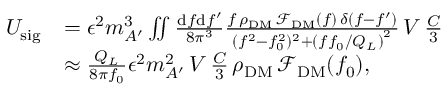
\begin{array} { r l } { U _ { \mathrm { s i g } } } & { = \epsilon ^ { 2 } m _ { A ^ { \prime } } ^ { 3 } \iint \frac { \mathrm { d } f \mathrm { d } f ^ { \prime } } { 8 \pi ^ { 3 } } \frac { f \, \rho _ { \mathrm { D M } } \, \mathcal { F } _ { \mathrm { D M } } \left( f \right) \, \delta ( f - f ^ { \prime } ) } { ( f ^ { 2 } - f _ { 0 } ^ { 2 } ) ^ { 2 } + \left( f f _ { 0 } / Q _ { L } \right) ^ { 2 } } \, V \, \frac { C } { 3 } } \\ & { \approx \frac { Q _ { L } } { 8 \pi f _ { 0 } } \epsilon ^ { 2 } m _ { A ^ { \prime } } ^ { 2 } \, V \, \frac { C } { 3 } \, \rho _ { \mathrm { D M } } \, \mathcal { F } _ { \mathrm { D M } } ( f _ { 0 } ) , } \end{array}